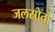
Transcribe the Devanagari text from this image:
जलस्रोतो